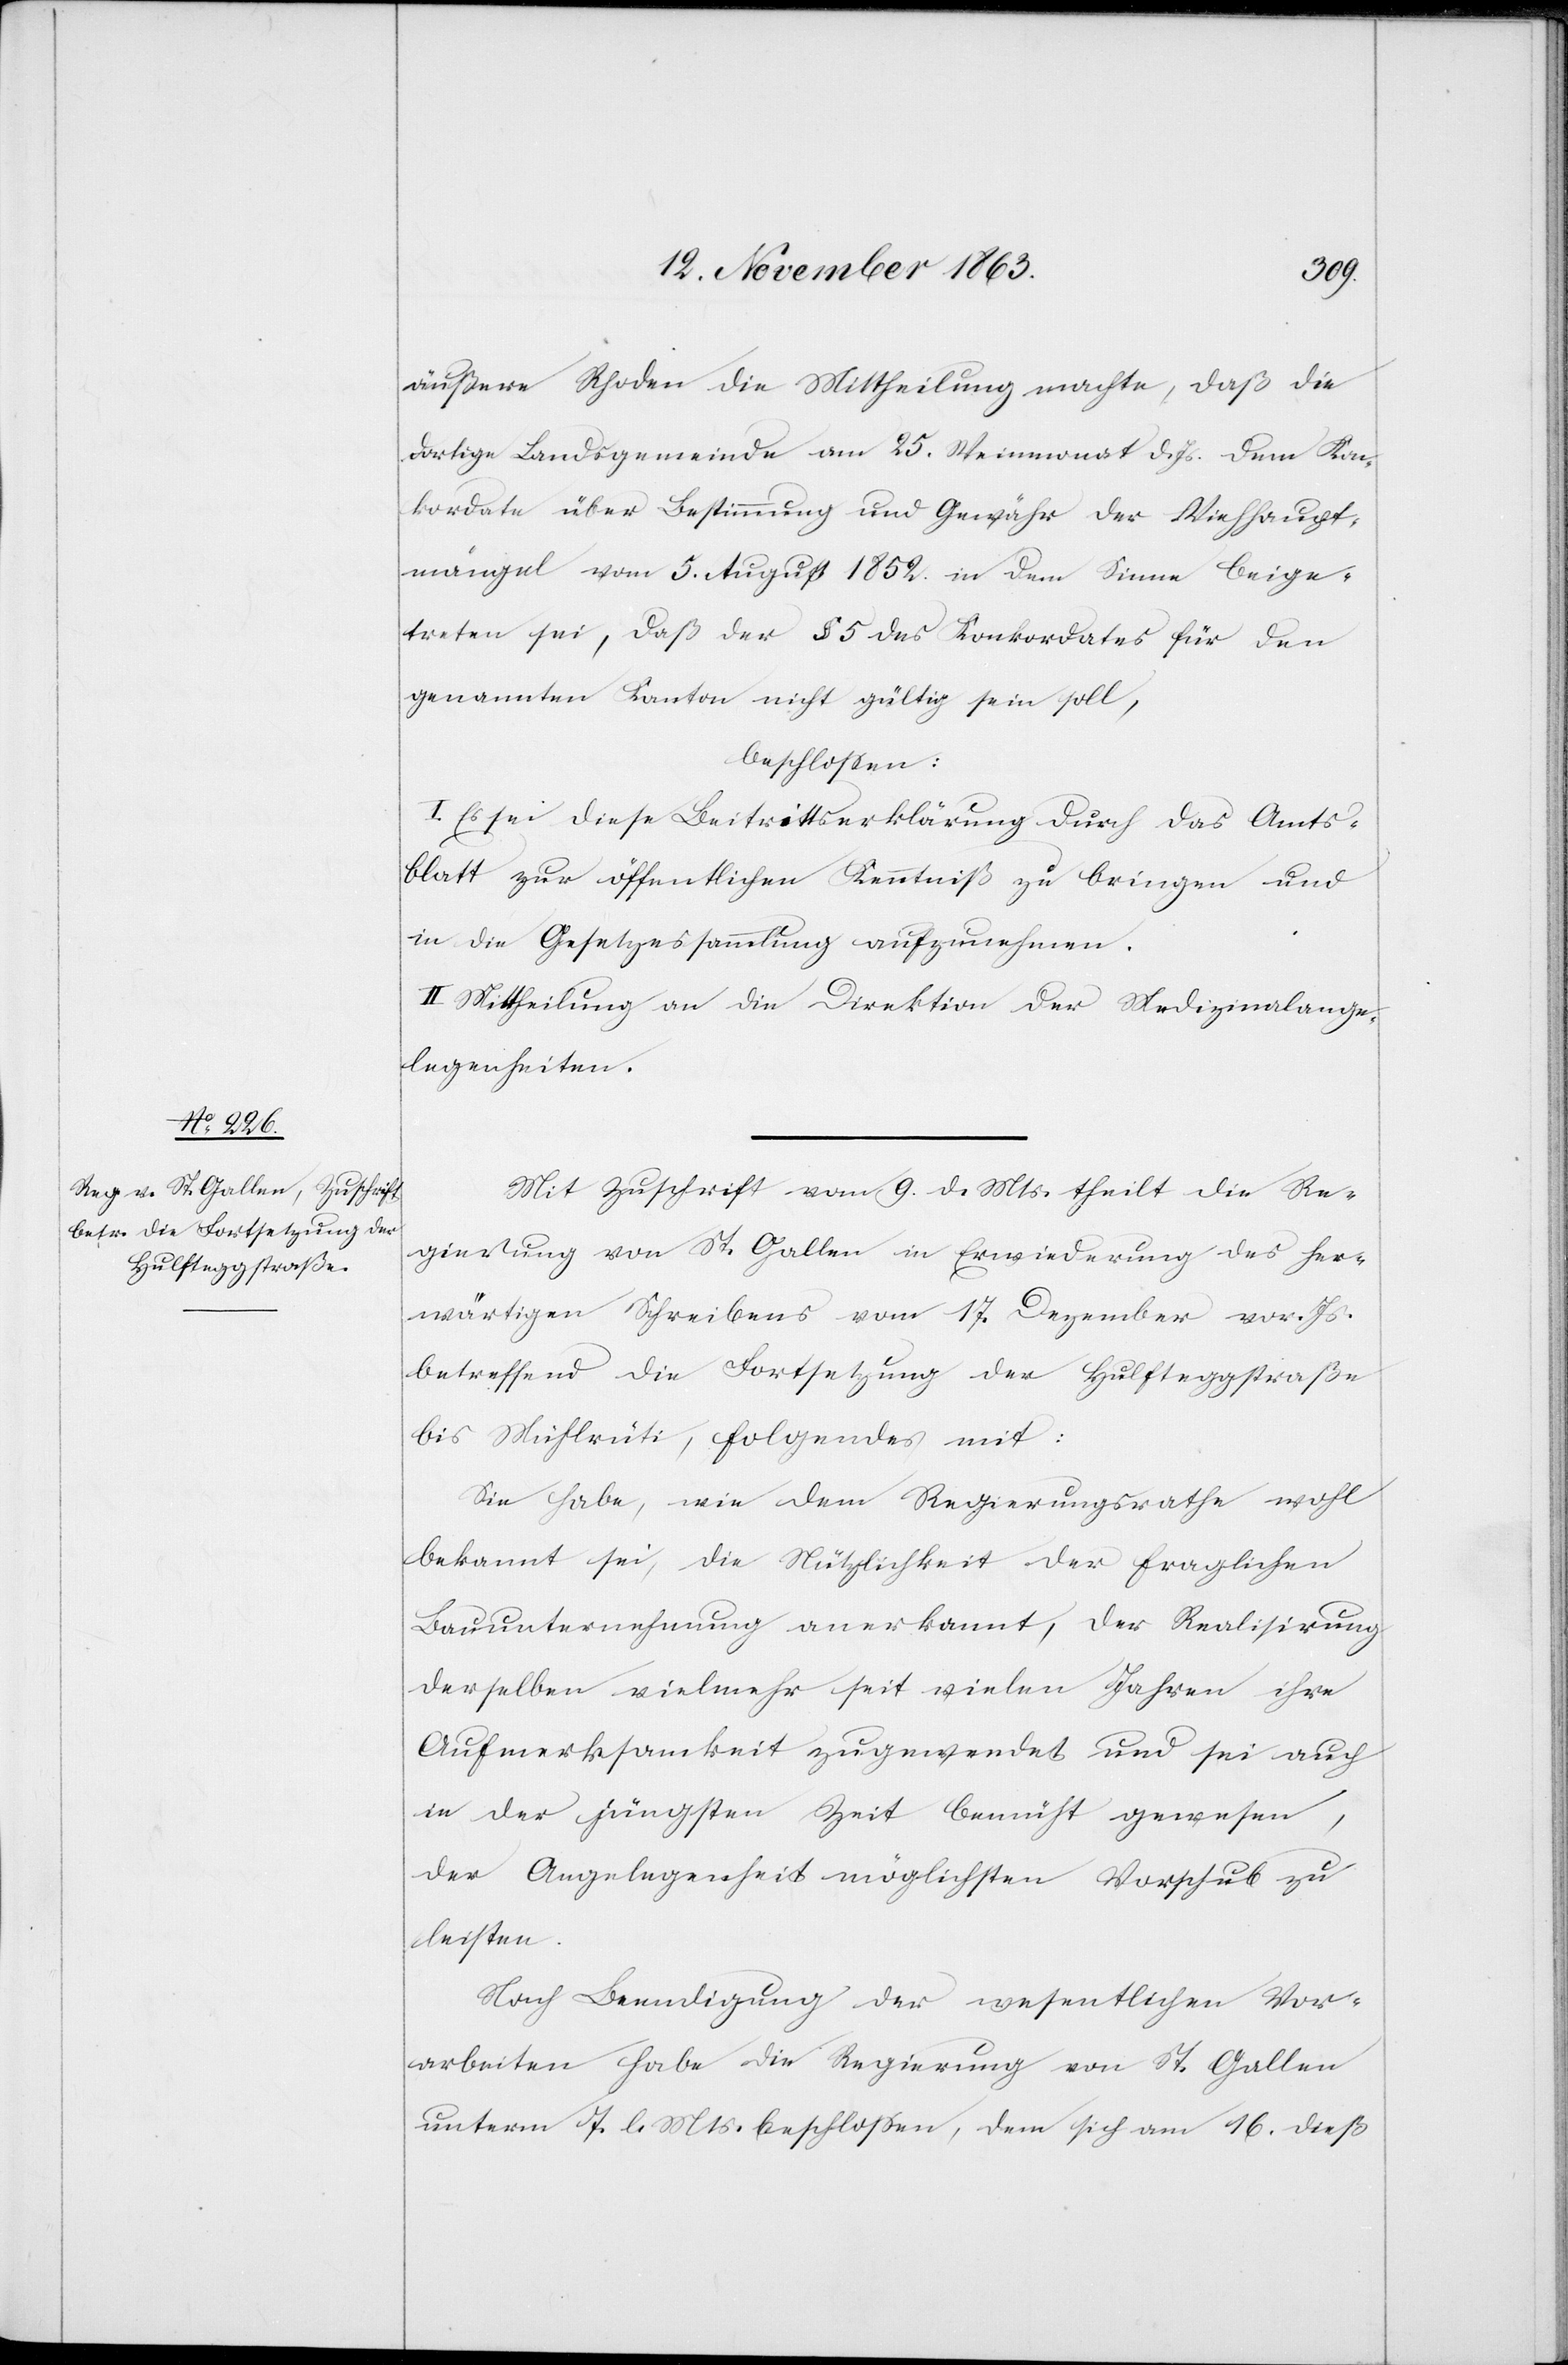
äußere Rhoden die Mittheilung machte, daß die
dortige Landsgemeinde am 25. Weinmonat d. Js. dem Kon¬
kordate über Bestimmung und Gewähr der Viehhaupt¬
mängel vom 5. August 1852 in dem Sinne beige¬
treten sei, daß der § 5 des Konkordates für den
genannten Kanton nicht gültig sein soll,
beschlossen:
I. Es sei diese Beitrittserklärung durch das Amts¬
blatt zur öffentlichen Kenntniß zu bringen und
in die Gesetzessammlung aufzunehmen.
II. Mittheilung an die Direktion der Medizinalange¬
legenheiten.
Mit Zuschrift vom 9. d. Mts. theilt die Re¬
gierung von St. Gallen in Erwiederung des her¬
wärtigen Schreibens vom 17. Dezember vor. Js.
betreffend die Fortsetzung der Hulfteggstraße
bis Mühlrüti, folgendes mit:
Sie habe, wie dem Regierungsrathe wohl
bekannt sei, die Nützlichkeit der fraglichen
Bauunternehmung anerkannt, der Realisirung
derselben vielmehr seit vielen Jahren ihre
Aufmerksamkeit zugewendet und sei auch
in der jüngsten Zeit bemüht gewesen,
der Angelegenheit möglichsten Vorschub zu
leisten.
Nach Beendigung der wesentlichen Vor¬
arbeiten habe die Regierung von St. Gallen
unterm 7. l. Mts. beschlossen, dem sich am 16. dieß